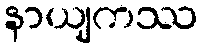
နာယျကဿ